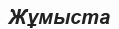
Жұмыста